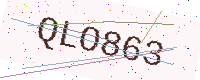
Text: QLO863